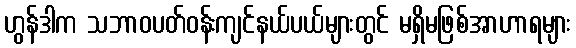
ဟွန်ဒါက သဘာဝပတ်ဝန်းကျင်နယ်ပယ်များတွင် မရှိမဖြစ်အာဟာရများ